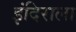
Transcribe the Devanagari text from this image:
इंदिराला